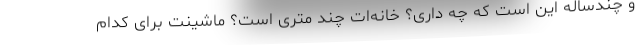
و چندساله این است که چه داری؟ خانه‌ات چند متری است؟ ماشینت برای کدام